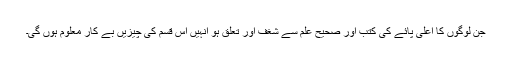
جن لوگوں کا اعلیٰ پائے کی کتب اور صحیح علم سے شغف اور تعلق ہو انہیں اس قسم کی چیزیں بے کار معلوم ہوں گی۔